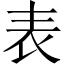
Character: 表